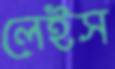
লেইস